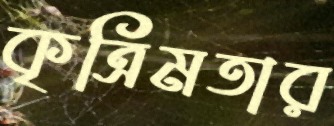
কৃত্রিমতার